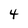
Character: 4